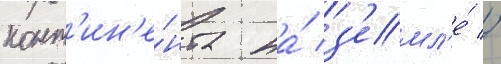
конт'ин'е́нта на́ з'емл'е́ //